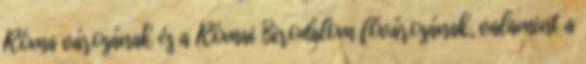
Róma városának és a Római Birodalom fővárosának, valamint a